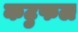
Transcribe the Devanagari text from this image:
कटुफल